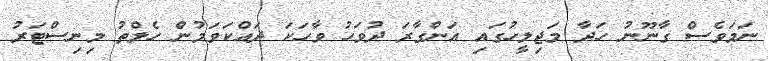
ނަމަވެސް ގާނޫނު ހަދާ މަޖިލީހުގައި އަންގާރަ ދުވަހު ވާހަކަ ދައްކަވަމުން ހެލްތު މިނިސްޓަރު